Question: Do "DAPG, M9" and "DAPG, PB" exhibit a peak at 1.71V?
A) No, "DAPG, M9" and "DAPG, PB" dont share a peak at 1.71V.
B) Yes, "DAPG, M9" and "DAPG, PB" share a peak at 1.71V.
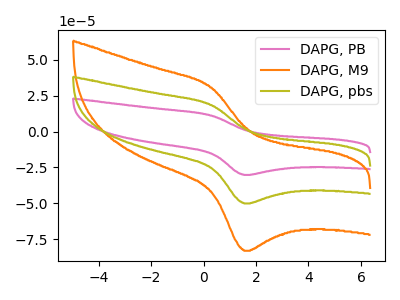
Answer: <think>The pink curve "DAPG, PB" has an anodic peak at (0.30V, 37.00uA) and a cathodic peak at (1.55V, -100.20uA). The orange curve "DAPG, M9" has an anodic peak at (0.30V, 30.65uA) and a cathodic peak at (1.55V, -83.05uA). The olive curve "DAPG, pbs" has an anodic peak at (0.30V, 18.50uA) and a cathodic peak at (1.55V, -50.10uA).</think>
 <answer>A) No, "DAPG, M9" and "DAPG, PB" dont share a peak at 1.71V.</answer>
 <eval>A</eval>